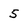
Character: 5